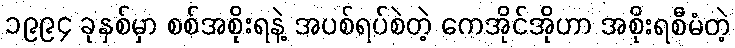
၁၉၉၄ ခုနှစ်မှာ စစ်အစိုးရနဲ့ အပစ်ရပ်စဲတဲ့ ကေအိုင်အိုဟာ အစိုးရစီမံတဲ့